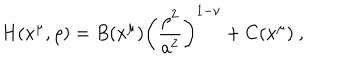
H ( x ^ { \mu } , \rho ) = B ( x ^ { \mu } ) \left( { \frac { \rho ^ { 2 } } { a ^ { 2 } } } \right) ^ { 1 - \nu } + C ( x ^ { \mu } ) ~ ,